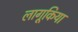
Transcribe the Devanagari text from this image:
लागूकिया